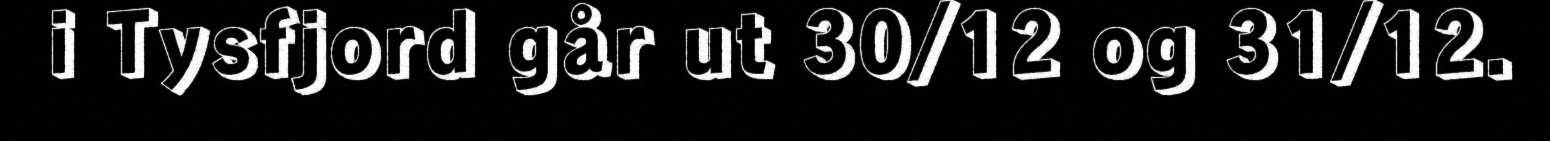
i Tysfjord går ut 30/12 og 31/12.